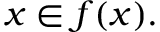
x \in f ( x ) .